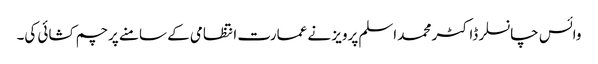
وائس چانسلر ڈاکٹر محمد اسلم پرویز نے عمارت انتظامی کے سامنے پرچم کشائی کی۔